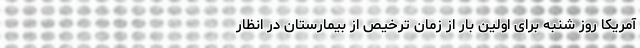
آمریکا روز شنبه برای اولین بار از زمان ترخیص از بیمارستان در انظار